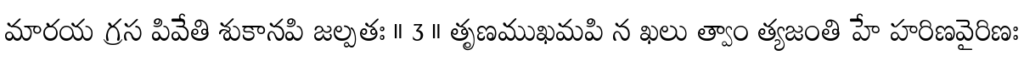
మారయ గ్రస పివేతి శుకానపి జల్పతః ॥ 3 ॥ తృణముఖమపి న ఖలు త్వాం త్యజంతి హే హరిణవైరిణః